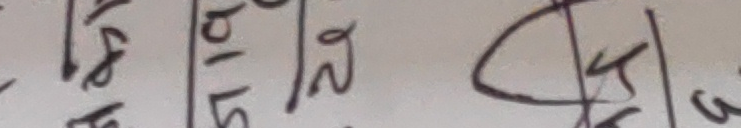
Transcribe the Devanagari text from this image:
१८ ५२ ६३